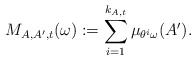
\begin{align*}M_{A, A',t}(\omega):=\sum_{i=1}^{k_{A,t}}\mu_{\theta^i\omega}(A').\end{align*}